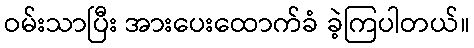
ဝမ်းသာပြီး အားပေးထောက်ခံ ခဲ့ကြပါတယ်။